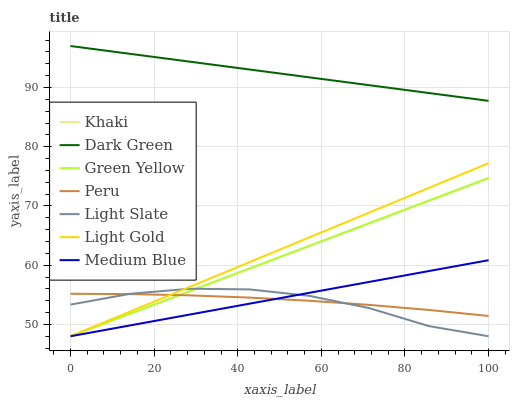
| xaxis_label | Khaki | Dark Green | Green Yellow | Peru | Light Slate | Light Gold | Medium Blue |
 | --- | --- | --- | --- | --- | --- | --- | --- |
 | 0 | 48 | 97 | 48 | 55.2 | 53.3 | 48 | 48 |
 | 14.3 | 51.8 | 95.7 | 51.8 | 55.1 | 55.2 | 52.2 | 49.8 |
 | 28.6 | 55.6 | 94.4 | 55.6 | 54.9 | 56 | 56.3 | 51.7 |
 | 42.9 | 59.5 | 93 | 59.4 | 54.5 | 55.9 | 60.5 | 53.5 |
 | 57.1 | 63.3 | 91.7 | 63.2 | 54 | 54.8 | 64.7 | 55.3 |
 | 71.4 | 67.1 | 90.4 | 67.1 | 53.3 | 52.8 | 68.9 | 57.2 |
 | 85.7 | 70.9 | 89.1 | 70.9 | 52.4 | 49.7 | 73 | 59 |
 | 100 | 74.8 | 87.7 | 74.7 | 51.4 | 48 | 77.2 | 60.8 |